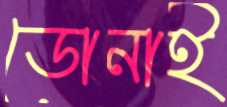
ডোনাই